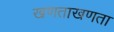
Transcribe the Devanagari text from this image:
खणताखणता